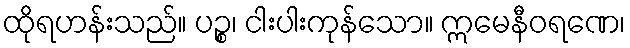
ထိုရဟန်းသည်။ ပဉ္စ၊ ငါးပါးကုန်သော။ ဣမေနီဝရဏေ၊